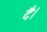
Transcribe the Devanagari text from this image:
दै।